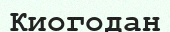
Киогодан